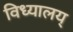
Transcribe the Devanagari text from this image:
विध्यालय्